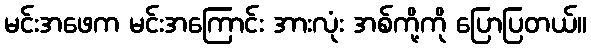
မင်းအဖေက မင်းအကြောင်း အားလုံး အစ်ကို့ကို ပြောပြတယ်။